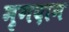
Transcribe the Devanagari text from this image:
मृगदान